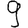
Digit: 9